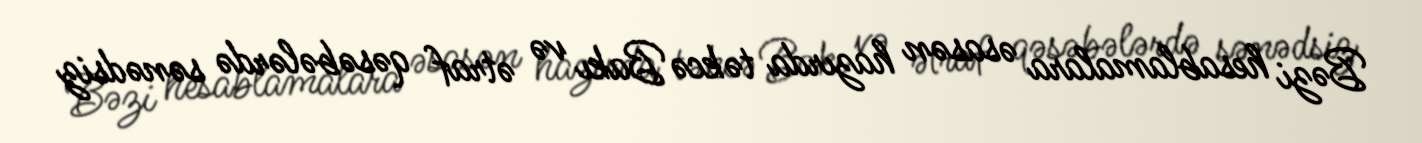
Bəzi hesablamalara əsasən hazırda təkcə Bakı və ətraf qəsəbələrdə sənədsiz